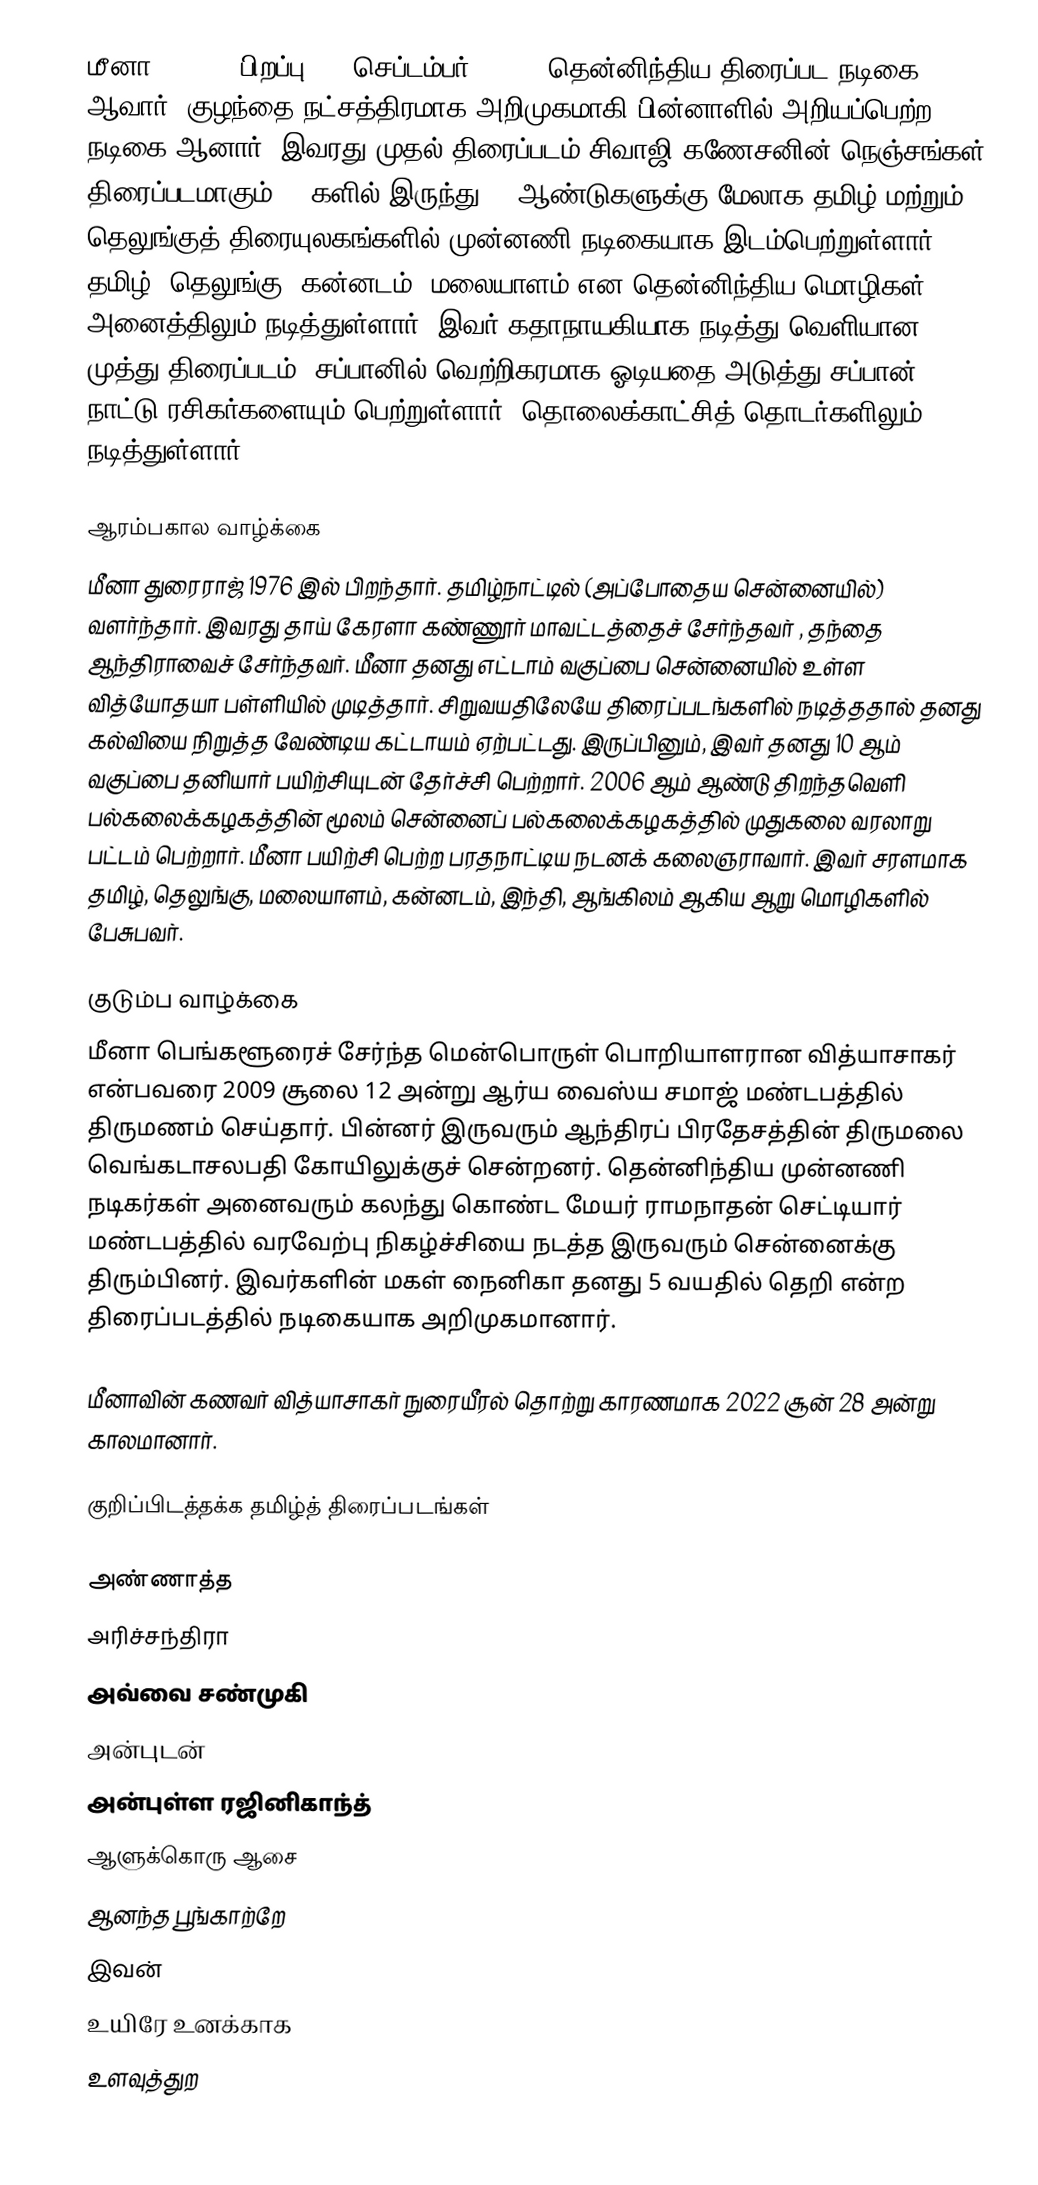
மீனா (Meena, பிறப்பு: 16 செப்டம்பர், 1976) தென்னிந்திய திரைப்பட நடிகை  ஆவார். குழந்தை நட்சத்திரமாக அறிமுகமாகி பின்னாளில் அறியப்பெற்ற நடிகை ஆனார். இவரது முதல் திரைப்படம் சிவாஜி கணேசனின் நெஞ்சங்கள் திரைப்படமாகும். 90களில் இருந்து 15 ஆண்டுகளுக்கு மேலாக தமிழ் மற்றும் தெலுங்குத் திரையுலகங்களில் முன்னணி நடிகையாக இடம்பெற்றுள்ளார். தமிழ், தெலுங்கு, கன்னடம், மலையாளம் என தென்னிந்திய மொழிகள் அனைத்திலும் நடித்துள்ளார். இவர் கதாநாயகியாக நடித்து வெளியான முத்து திரைப்படம், சப்பானில் வெற்றிகரமாக ஓடியதை அடுத்து சப்பான் நாட்டு ரசிகர்களையும் பெற்றுள்ளார். தொலைக்காட்சித் தொடர்களிலும் நடித்துள்ளார்.

ஆரம்பகால வாழ்க்கை
மீனா துரைராஜ் 1976 இல் பிறந்தார்.  தமிழ்நாட்டில் (அப்போதைய சென்னையில்) வளர்ந்தார். இவரது தாய் கேரளா கண்ணூர் மாவட்டத்தைச் சேர்ந்தவர் , தந்தை ஆந்திராவைச் சேர்ந்தவர்.  மீனா தனது எட்டாம் வகுப்பை சென்னையில் உள்ள வித்யோதயா பள்ளியில் முடித்தார். சிறுவயதிலேயே திரைப்படங்களில் நடித்ததால் தனது கல்வியை நிறுத்த வேண்டிய கட்டாயம் ஏற்பட்டது. இருப்பினும், இவர் தனது 10 ஆம் வகுப்பை தனியார் பயிற்சியுடன் தேர்ச்சி பெற்றார். 2006 ஆம் ஆண்டு திறந்தவெளி பல்கலைக்கழகத்தின் மூலம் சென்னைப் பல்கலைக்கழகத்தில் முதுகலை வரலாறு பட்டம் பெற்றார். மீனா பயிற்சி பெற்ற பரதநாட்டிய நடனக் கலைஞராவார். இவர் சரளமாக தமிழ், தெலுங்கு, மலையாளம், கன்னடம், இந்தி, ஆங்கிலம் ஆகிய ஆறு மொழிகளில் பேசுபவர்.

குடும்ப வாழ்க்கை
மீனா பெங்களூரைச் சேர்ந்த மென்பொருள் பொறியாளரான வித்யாசாகர் என்பவரை 2009 சூலை 12 அன்று ஆர்ய வைஸ்ய சமாஜ்  மண்டபத்தில் திருமணம் செய்தார். பின்னர் இருவரும் ஆந்திரப் பிரதேசத்தின் திருமலை வெங்கடாசலபதி கோயிலுக்குச் சென்றனர். தென்னிந்திய முன்னணி நடிகர்கள் அனைவரும் கலந்து கொண்ட மேயர் ராமநாதன் செட்டியார் மண்டபத்தில் வரவேற்பு நிகழ்ச்சியை நடத்த இருவரும் சென்னைக்கு திரும்பினர். இவர்களின் மகள் நைனிகா தனது 5 வயதில் தெறி என்ற திரைப்படத்தில் நடிகையாக அறிமுகமானார்.

மீனாவின் கணவர் வித்யாசாகர் நுரையீரல் தொற்று காரணமாக 2022 சூன் 28 அன்று காலமானார்.

குறிப்பிடத்தக்க தமிழ்த் திரைப்படங்கள்

 அண்ணாத்த
 அரிச்சந்திரா
 அவ்வை சண்முகி
 அன்புடன்
 அன்புள்ள ரஜினிகாந்த்
 ஆளுக்கொரு ஆசை
 ஆனந்த பூங்காற்றே
 இவன்
 உயிரே உனக்காக
 உளவுத்துற